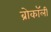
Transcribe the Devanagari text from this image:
ब्रोकॉली